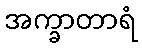
အက္ခာတာရံ